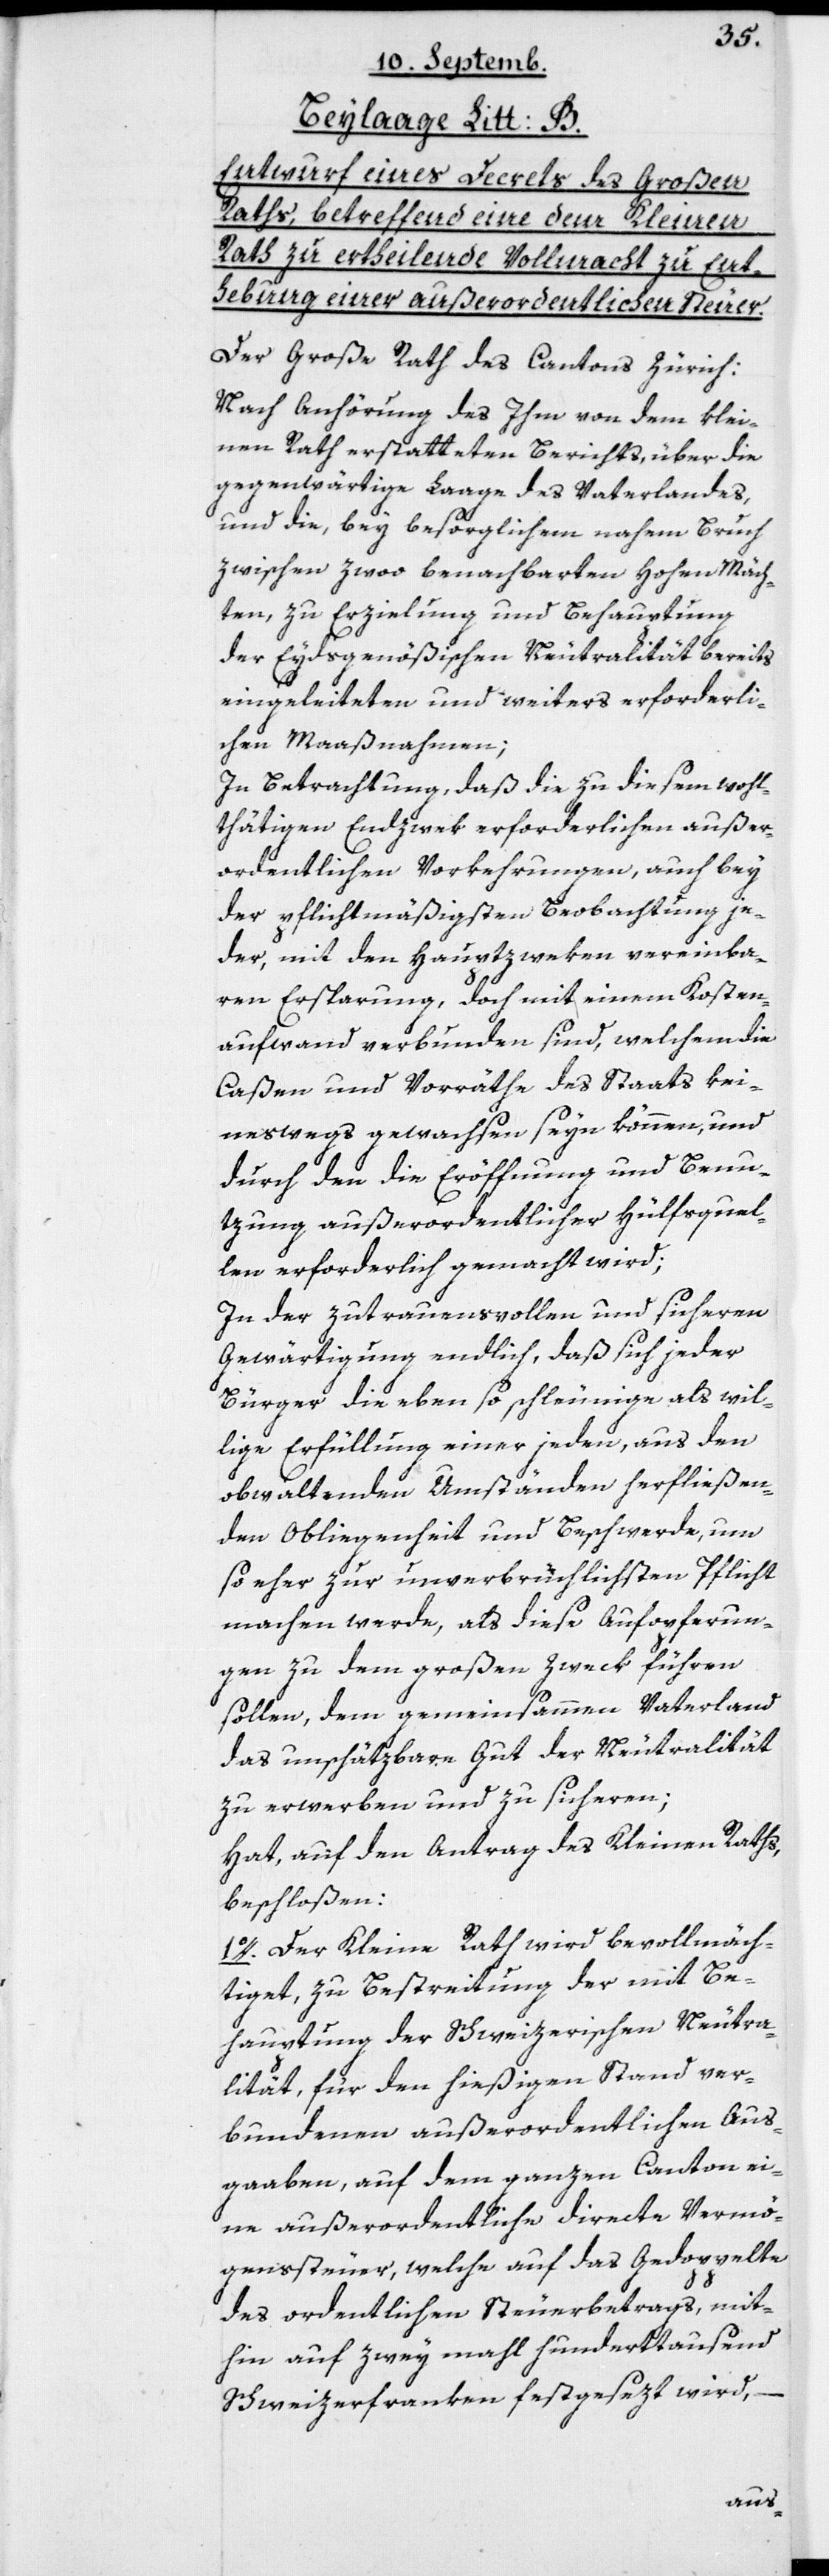
Beylage Lit: B.
Entwurf eines Decrets des Großen
Raths, betreffend eine dem Kleinen
Rath zu ertheilende Vollmacht zu Ent¬
hebung einer außerordentlichen Steuer.
Der Große Rath des Cantons Zürich:
Nach Anhörung des Ihm von dem Klei¬
nen Rath erstatteten Berichts, über die
gegenwärtige Laage des Vaterlandes,
und die bey besorglichen nahem Bruch
zwischen zwoo benachbarten hohen Mäch¬
ten, zu Erzielung und Behauptung
der Eydsgenößischen Neutralität bereits
eingeleiteten und weiters erforderli¬
chen Maaßnahmen;
In Betrachtung, daß die zu diesem wohl¬
thätigen Endzwek erforderlichen außer¬
ordentlichen Vorkehrungen, auch bey
der pflichtmäßigsten Beobachtung je¬
der, mit den Hauptzweken vereinba¬
ren Ersparung, doch mit einem Kosten¬
aufwand verbunden sind, welchem die
Caßen und Vorräthe des Staats kei¬
neswegs gewachsen seyn können, und
durch den die Eröffnung und Benu¬
tzung außerordentlicher Hülfsquel¬
len erforderlich gemacht wird;
In der zutrauensvollen und sicheren
Gewärtigung endlich, daß sich jeder
Bürger die eben so schleunige als wil¬
lige Erfüllung einer jeden, aus den
obwaltenden Umständen herfließen¬
den Obliegenheit und Beschwerde, um
so eher zur unverbrüchlichsten Pflicht
machen werde, als diese Aufopferun¬
gen zu dem großen Zweck führen
sollen, dem gemeinsammen Vaterland
das unschätzbare Gut der Neutralität
zu erwerben und zu sicheren;
Hat, auf den Antrag des Kleinen Raths
beschloßen:
1o. Der Kleine Rath wird bevollmäch¬
tiget, zu Bestreitung der mit Be¬
hauptung der Schweizerischen Neutra¬
lität, für den hießigen Stand ver¬
bundenen außerordentlichen Aus¬
gaaben, auf dem ganzen Canton ei¬
ne außerordentliche directe Vermö¬
genssteuer, welche auf das Gedoppelte
des ordentlichen Steuerbetrags, mit¬
hin auf zwey mahl hunderttausend
–
Schweizerfranken festgesezt wird,